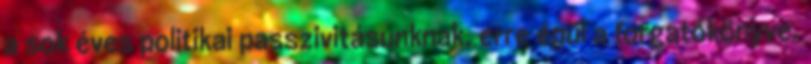
a sok éves politikai passzivitásunknak, erre épül a forgatókönyve.